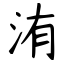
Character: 洧